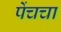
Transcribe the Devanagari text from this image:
पेंचचा